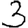
Digit: 3